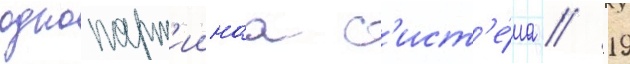
однопарт'иинаа с'ист'е́ма // 19